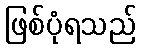
ဖြစ်ပုံရသည်